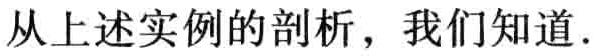
从上述实例的剖析，我们知道.